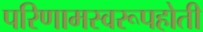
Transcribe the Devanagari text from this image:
परिणामस्वरूपहोती